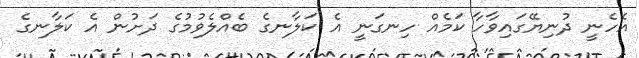
އެހެނީ ދުނިޔޭގައިވާހާ ކަމެއް ހިނގަނީ އެ ކަލާނގެ ބެއްލެވުމުގެ ދަށުން އެ ކަލާނގެ